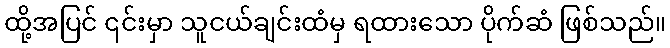
ထို့အပြင် ၎င်းမှာ သူငယ်ချင်းထံမှ ရထားသော ပိုက်ဆံ ဖြစ်သည်။